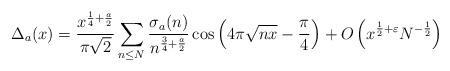
LaTeX: \begin{align*} \Delta_{a}(x) &= \frac{x^{\frac14 +\frac{a}{2}}}{\pi\sqrt{2}}\sum_{n\leq N}\frac{\sigma_{a}(n)}{n^{\frac{3}{4}+\frac{a}{2}}}\cos\left(4\pi\sqrt{nx}-\frac{\pi}{4}\right) + O\left(x^{\frac12 + \varepsilon}N^{-\frac12}\right) \end{align*}